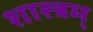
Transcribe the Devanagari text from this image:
शास्त्रम्